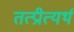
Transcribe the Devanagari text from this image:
तत्प्रीत्यर्थ